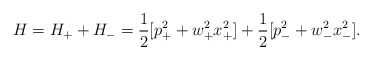
\begin{align*}H=H_++H_-={1\over 2}[p_+^2+w_+^2x_+^2]+{1\over 2}[p_-^2+w_-^2x_-^2].\end{align*}